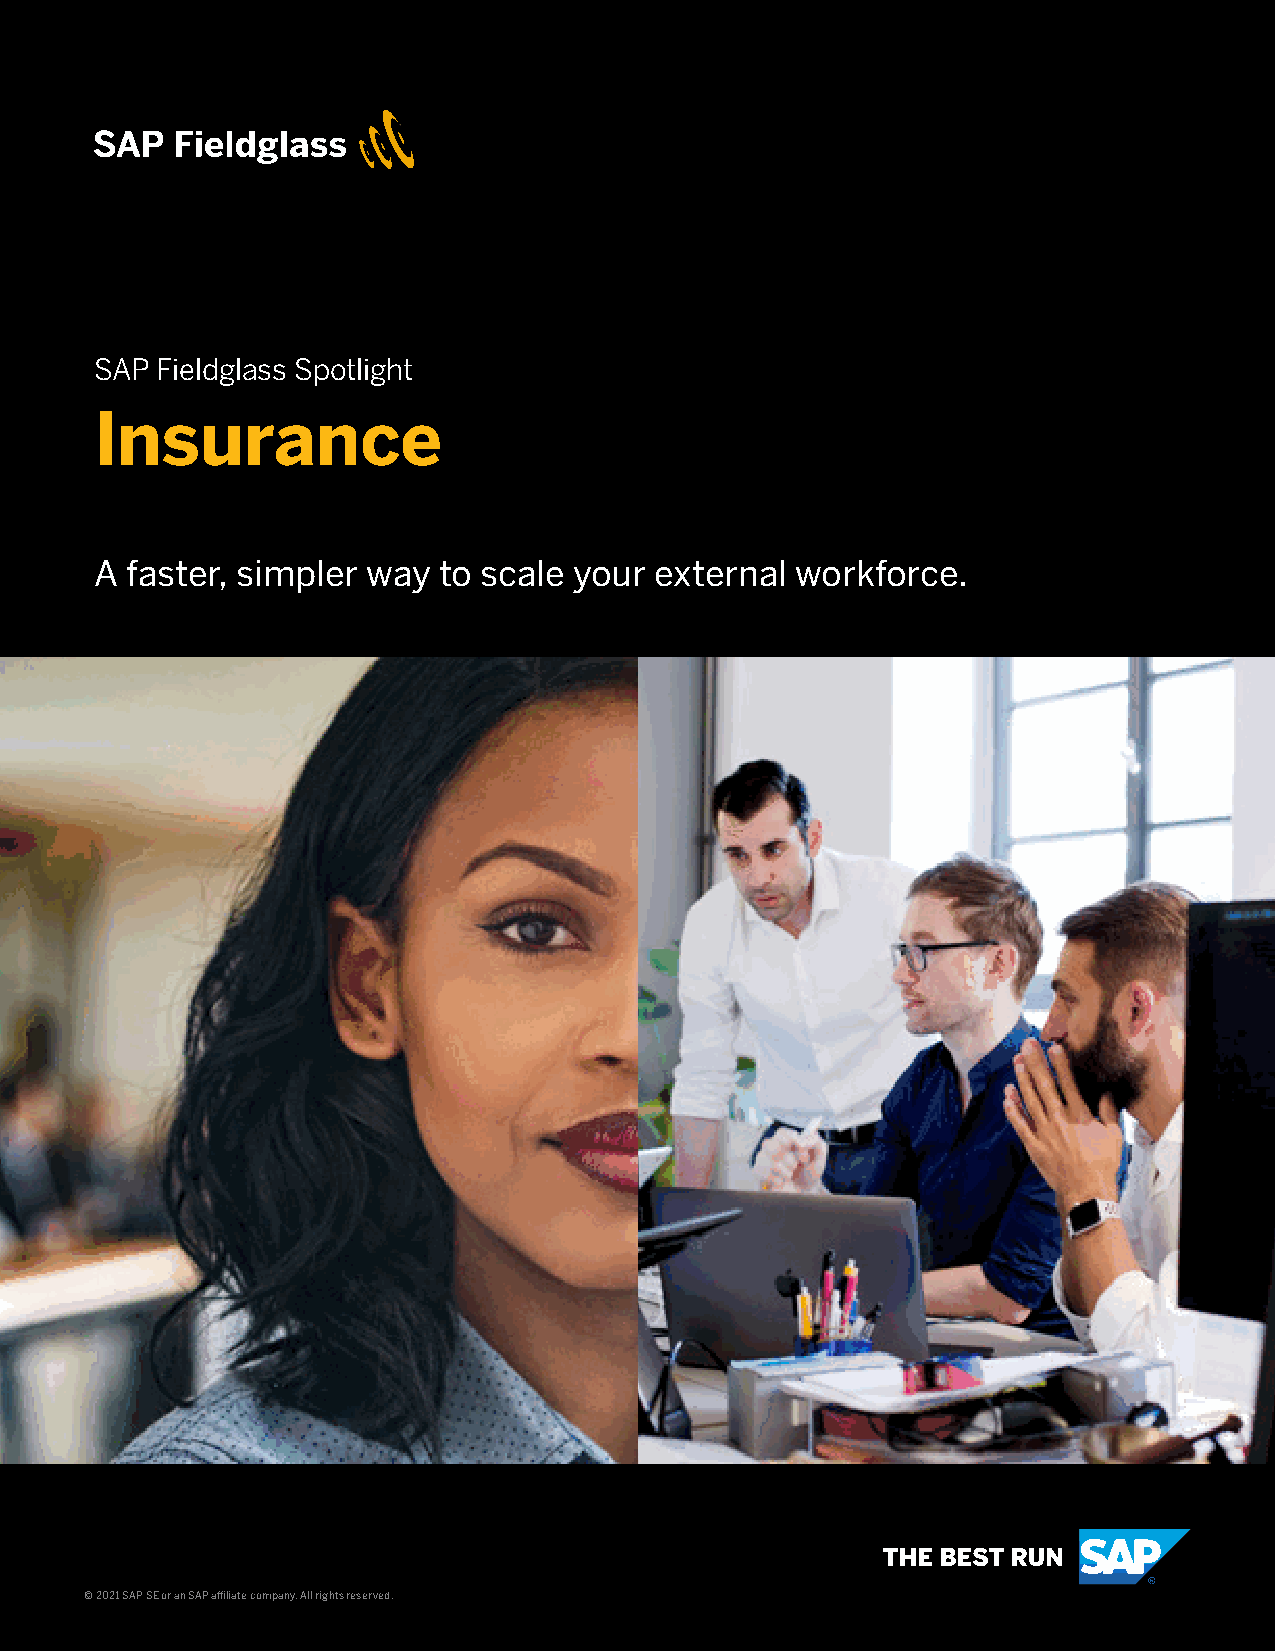
SAP Fieldglass Spotlight
 Insurance
 A faster, simpler way  to scale your external  workforce.
 © 2021 SAP SE or an SAP affiliate company. All rights reserved.